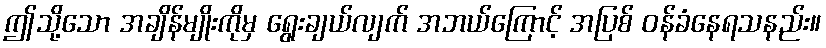
ဤသို့သော အချိန်မျိုးကိုမှ ရွေးချယ်လျက် အဘယ်ကြောင့် အပြစ် ဝန်ခံနေရသနည်း။